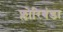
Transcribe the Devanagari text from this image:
फ्लोरिबंडा